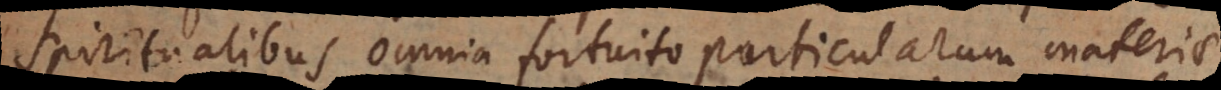
spiritualibus omnia fortuito particularum materiae